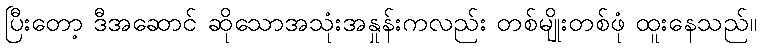
ပြီးတော့ ဒီအဆောင် ဆိုသောအသုံးအနှုန်းကလည်း တစ်မျိုးတစ်ဖုံ ထူးနေသည်။